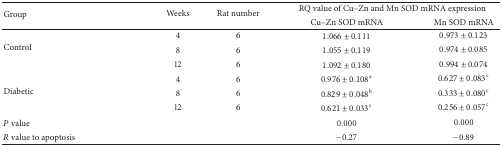
<table><thead><tr><td rowspan="2"><b>Group</b></td><td rowspan="2"><b>Weeks</b></td><td rowspan="2"><b>Rat number</b></td><td colspan="2"><b>RQ value of Cu–Zn and Mn SOD mRNA expression </b></td></tr><tr><td><b>Cu–Zn SOD mRNA</b></td><td><b>Mn SOD mRNA</b></td></tr></thead><tbody><tr><td rowspan="3">Control</td><td>4</td><td>6</td><td>1.066 ± 0.111</td><td>0.973 ± 0.123</td></tr><tr><td>8</td><td>6</td><td>1.055 ± 0.119</td><td>0.974 ± 0.085</td></tr><tr><td>12</td><td>6</td><td>1.092 ± 0.180</td><td>0.994 ± 0.074</td></tr><tr><td rowspan="3">Diabetic</td><td>4</td><td>6</td><td>0.976 ± 0.108<sup>a</sup></td><td>0.627 ± 0.083<sup>c</sup></td></tr><tr><td>8</td><td>6</td><td>0.829 ± 0.048<sup>b</sup></td><td>0.333 ± 0.080<sup>c</sup></td></tr><tr><td>12</td><td>6</td><td>0.621 ± 0.033<sup>c</sup></td><td>0.256 ± 0.057<sup>c</sup></td></tr><tr><td><i>P</i> value</td><td>[EMPTY_CELL]</td><td>[EMPTY_CELL]</td><td>0.000</td><td>0.000</td></tr><tr><td><i>R</i> value to apoptosis</td><td>[EMPTY_CELL]</td><td>[EMPTY_CELL]</td><td>−0.27</td><td>−0.89</td></tr></tbody></table>